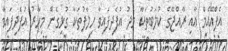
އެފްއޭއެމް އާއި ރާއްޖޭގެ ކުލަބުތަކާ މެދު އުފެދިފައިވާ ހިލާފުތަކާ ގުޅިގެން މިހާރު އުފެދިފައިވާ